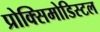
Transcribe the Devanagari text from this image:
प्रोक्सिमोडिस्टल